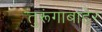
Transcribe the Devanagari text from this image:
तुरूंगाबाहेर